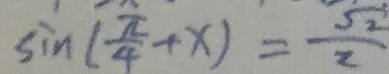
\sin ( \frac { \pi } { 4 } + x ) = \frac { \sqrt { 2 } } { 2 }